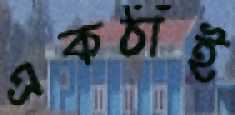
একঠাঁই